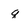
Character: q